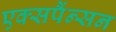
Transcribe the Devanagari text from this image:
एक्सपैंन्सन